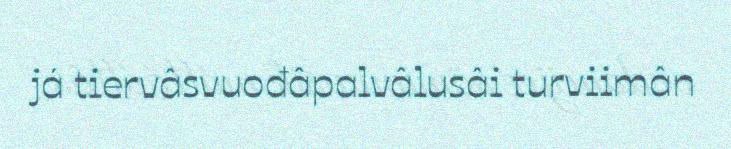
já tiervâsvuođâpalvâlusâi turviimân